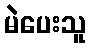
မဲပေးသူ